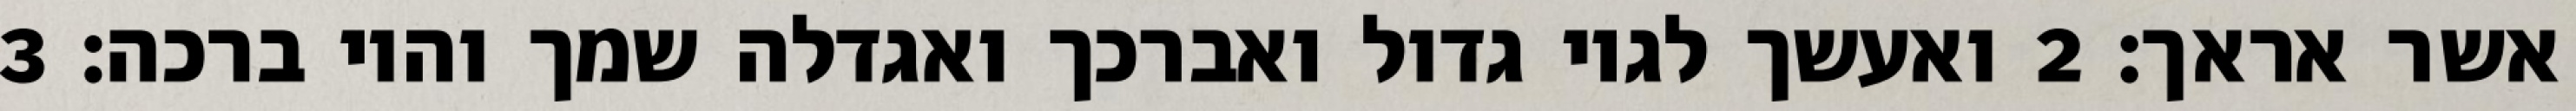
אשר אראך׃ ‎2‏ ואעשך לגוי גדול ואברכך ואגדלה שמך והוי ברכה׃ ‎3‏